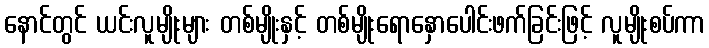
နောင်တွင် ယင်းလူမျိုးများ တစ်မျိုးနှင့် တစ်မျိုးရောနှောပေါင်းဖက်ခြင်းဖြင့် လူမျိုးစပ်ကာ